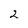
Character: 2